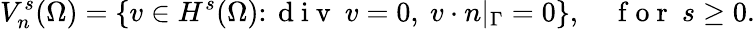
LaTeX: V_{n}^{s}(\Omega)=\{ v\in H^{s}(\Omega)\colon\mathrm{~d~i~v~}\ v=0,\ v\cdot n|_{\Gamma}=0\} ,\quad\mathrm{~f~o~r~}\ s\ge 0.